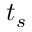
t _ { s }